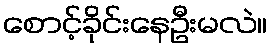
စောင့်ခိုင်းနေဦးမလဲ။